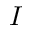
I